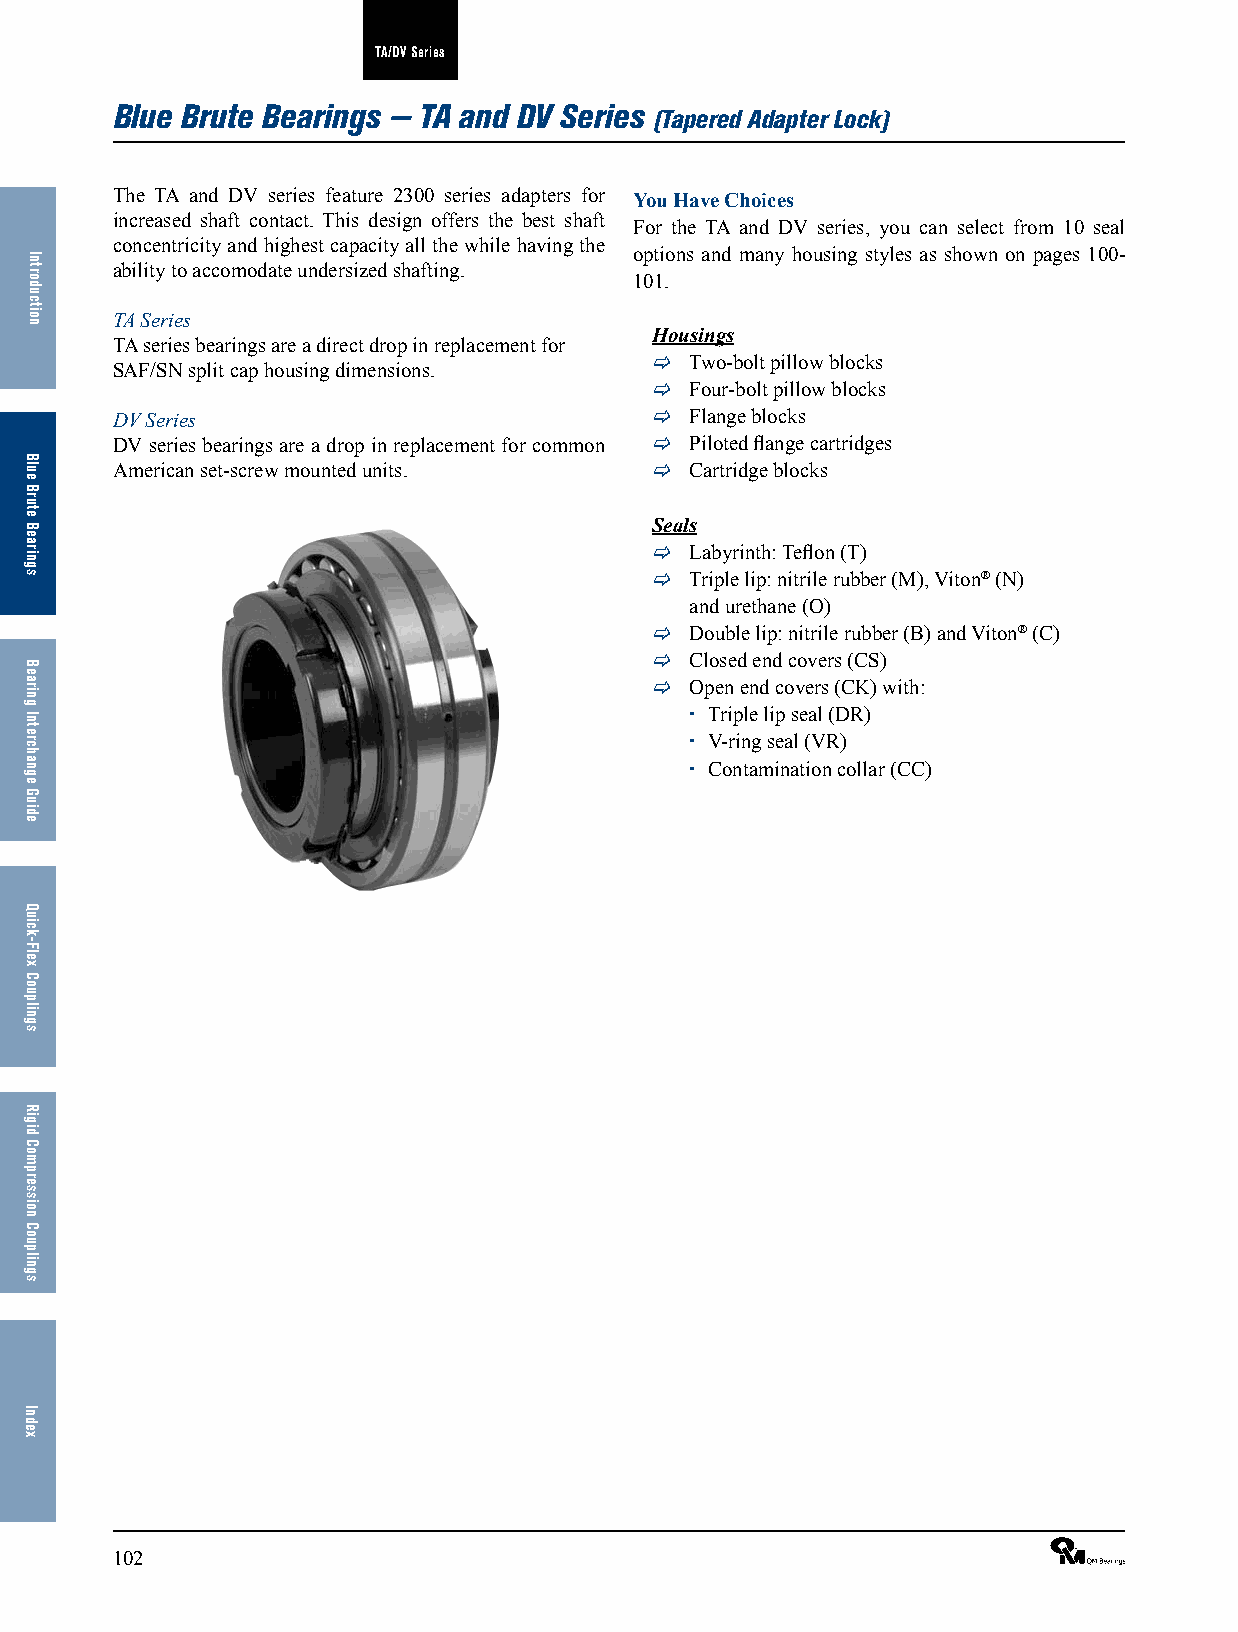
TA/DV Series
 Blue Brute Bearings — TA and DV Series
 (Tapered Adapter Lock)
 The TA and DV series feature 2300 series adapters for You Have Choices
 increased shaft contact. This design offers the best shaft
 For the TA and DV series, you can select from 10 seal
 concentricity and highest capacity all the while having the
 options and many housing styles as shown on pages 100-
 ability to accomodate undersized shafting.
 101.
 TA Series
 Housings
 TA series bearings are a direct drop in replacement for
   Two-bolt pillow blocks
 SAF/SN split cap housing dimensions.
   Four-bolt pillow blocks
 DV Series                             Flange blocks
 DV series bearings are a drop in replacement for common  Piloted flange cartridges
 American set-screw mounted units.     Cartridge blocks
 Seals
   Labyrinth: Teflon (T)
   Triple lip: nitrile rubber (M), Viton® (N)
 and urethane (O)
   Double lip: nitrile rubber (B) and Viton® (C)
   Closed end covers (CS)
   Open end covers (CK) with:
  Triple lip seal (DR)
  V-ring seal (VR)
  Contamination collar (CC)
 102                                                             ®
 Introduction
 Blue
 Brute
 Bearings
 Bearing
 Interchange
 Guide
 Quick-Flex
 Couplings
 Rigid
 Compression
 Couplings
 Index